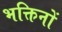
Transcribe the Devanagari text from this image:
भक्तिनों